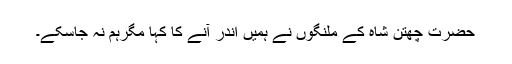
حضرت چھتن شاہ کے ملنگوں نے ہمیں اندر آنے کا کہا مگرہم نہ جاسکے۔